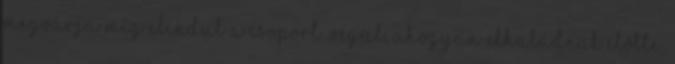
megvárja míg elindul a csoport. Végül, ahogyan elhaladnak előtte,